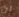
إن